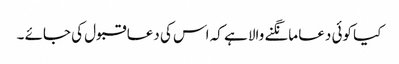
کیا کوئی دعا مانگنے والا ہے کہ اس کی دعا قبول کی جائے ۔